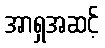
အာရှအဆင့်